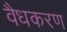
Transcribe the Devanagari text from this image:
वैधकरण